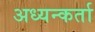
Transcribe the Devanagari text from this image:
अध्यन्कर्ता